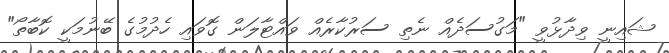
ޝައިނީ ވިދާޅުވީ "މަގުސަދެއް ނެތި ސަރުކާރެއް ވައްޓާލަން ގޮވައި ހެދުމުގެ ބޭނުމަކީ ކޮބާތޯ"